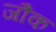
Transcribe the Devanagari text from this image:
जौंक